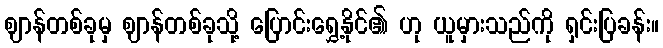
ဈာန်တစ်ခုမှ ဈာန်တစ်ခုသို့ ပြောင်းရွှေ့နိုင်၏ ဟု ယူမှားသည်ကို ရှင်းပြခန်း။